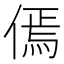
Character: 傿